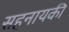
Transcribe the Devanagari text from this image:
सहनायकी